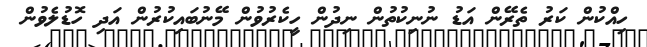
ހިއްކުން ކަރު ތެރޭން އަޑު ނުނިކުތުން ނިދުން ހީކެރުވުން މޭނުބައިކުރުން އަދި ހޮޑުލެވުން